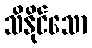
သိနိုင်သော